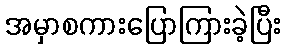
အမှာစကားပြောကြားခဲ့ပြီး